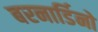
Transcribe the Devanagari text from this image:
बरनार्डिनो